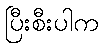
ပြီးစီးပါက